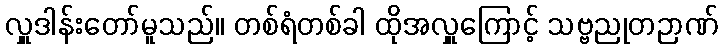
လှူဒါန်းတော်မူသည်။ တစ်ရံတစ်ခါ ထိုအလှူကြောင့် သဗ္ဗညုတဉာဏ်